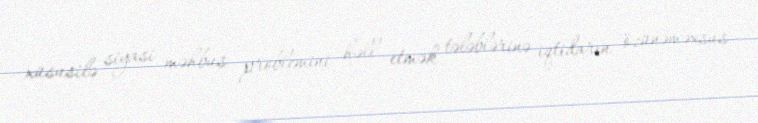
xüsusilə siyasi məhbus problemini həll etmək tələblərinə iqtidarın özünəməxsus